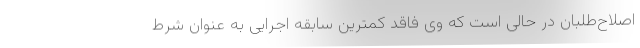
اصلاح‌طلبان در حالی است که وی فاقد کمترین سابقه اجرایی به عنوان شرط